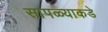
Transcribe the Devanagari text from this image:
सापळ्याकडे